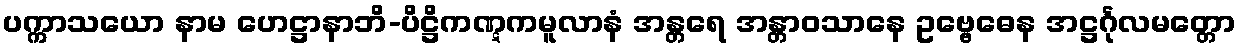
ပက္ကာသယော နာမ ဟေဋ္ဌာနာဘိ-ပိဋ္ဌိကဏ္ဋကမူလာနံ အန္တရေ အန္တာဝသာနေ ဥဗ္ဗေဓေန အဋ္ဌင်္ဂုလမတ္တော